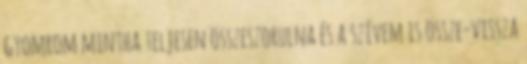
gyomrom mintha teljesen összeszorulna és a szívem is össze-vissza